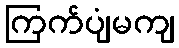
ကြက်ပျံမကျ